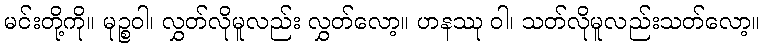
မင်းတို့ကို။ မုဉ္စဝါ၊ လွှတ်လိုမူလည်း လွှတ်လော့။ ဟနဿု ဝါ၊ သတ်လိုမူလည်းသတ်လော့။